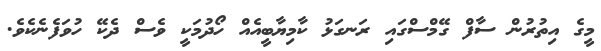
މީގެ އިތުރުން ސާފް ގޭމްސްގައި ރަނގަޅު ކާމިޔާބީއެއް ހޯދުމަކީ ވެސް ދެކޭ ހުވަފެނެކެވެ.